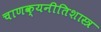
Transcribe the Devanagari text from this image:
चाणक्यनीतिशास्त्र